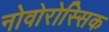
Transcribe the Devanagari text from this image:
नोवोरोस्सिक